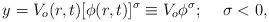
LaTeX: \begin{align*}y=V_o(r,t)[\phi(r,t)]^\sigma\equiv V_o\phi^\sigma;\hspace*{5mm}\sigma<0,\end{align*}